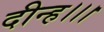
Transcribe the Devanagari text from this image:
दीन्‍ह।।।